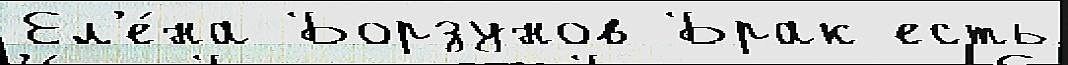
Ел'е́на Борзунов Брак есть